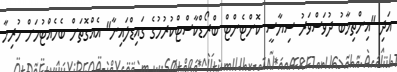
އަދި "އިންތިޚާބު ދުވަސްވަރު ސިޔާސީ ކޮންޓެންޓް ބްރޯޑްކާސްޓްކުރުމުގެ ގައިޑްލައިނާ" އެއްގޮތަށް ބެހެއްޓުމަށް ހުރިހާ